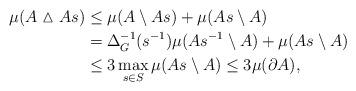
LaTeX: \begin{align*}\mu(A\vartriangle As)&\leq \mu(A\setminus As)+\mu(As\setminus A)\\ &=\Delta_G^{-1}(s^{-1})\mu(As^{-1}\setminus A)+\mu(As\setminus A)\\ &\leq 3\max_{s\in S}\mu(As\setminus A)\leq 3\mu(\partial A),\end{align*}